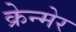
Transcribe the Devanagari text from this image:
क्रेन्मेर